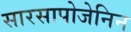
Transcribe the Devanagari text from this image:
सारसापोजेनिन